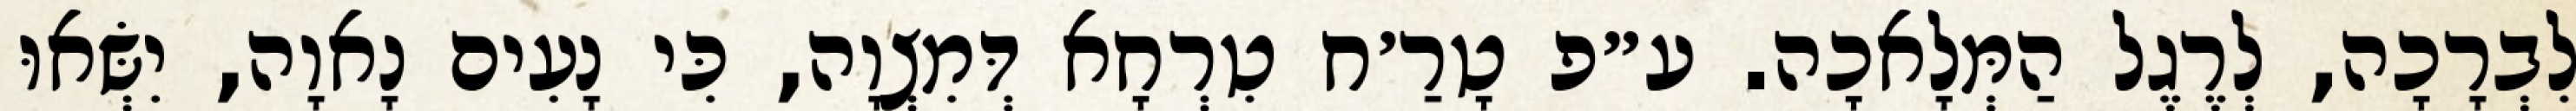
לִבְרָכָה, לְרֶגֶל הַמְּלָאכָה. ע״פ טָרַ׳ח טִרְחָא דְּמִצְוָה, כִּי נָעִים נָאוָה, יִשְּׂאוּ